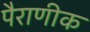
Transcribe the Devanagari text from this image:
पैराणीक